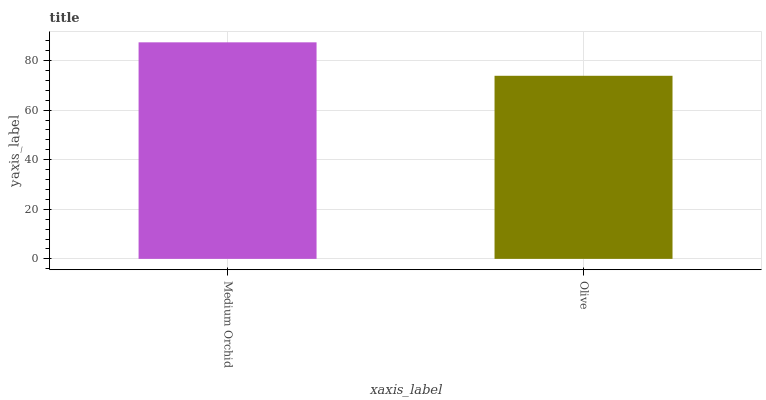
| xaxis_label | bars |
 | --- | --- |
 | Medium Orchid | 87.3 |
 | Olive | 73.8 |